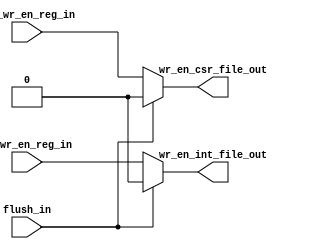
module msrv32_wr_en_generator(input flush_in, rf_wr_en_reg_in, csr_wr_en_reg_in, output wr_en_int_file_out, wr_en_csr_file_out);

assign wr_en_csr_file_out = flush_in ? 0 : csr_wr_en_reg_in ;
assign wr_en_int_file_out = flush_in ? 0 : rf_wr_en_reg_in  ;

endmodule